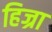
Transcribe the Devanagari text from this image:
हिज्रा